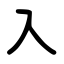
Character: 入